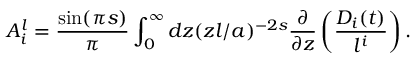
A _ { i } ^ { l } = { \frac { \sin ( \pi s ) } { \pi } } \int _ { 0 } ^ { \infty } d z ( z l / a ) ^ { - 2 s } { \frac { \partial } { \partial z } } \left( { \frac { D _ { i } ( t ) } { l ^ { i } } } \right) .